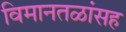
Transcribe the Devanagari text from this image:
विमानतळांसह